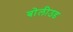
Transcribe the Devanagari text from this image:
बोलीउड